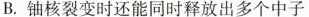
B.铀核裂变时还能同时释放出多个中子